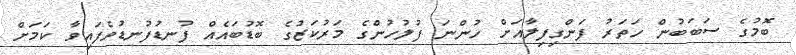
ބޮމުގެ ސަބަބުން ހަތަރު ފަންގިފިލާއަށް ހުންނަ ފުލުހުންގެ މަރުކަޒުގެ ބޮޑުބައެއް ފުނޑުފުނޑުވެފައިވާ ކަމަށް